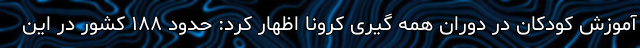
آموزش کودکان در دوران همه گیری کرونا اظهار کرد: حدود ۱۸۸ کشور در این